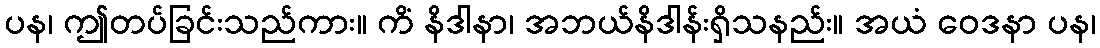
ပန၊ ဤတပ်ခြင်းသည်ကား။ ကိံ နိဒါနာ၊ အဘယ်နိဒါန်းရှိသနည်း။ အယံ ဝေဒနာ ပန၊